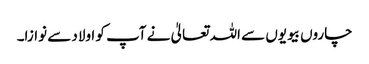
چاروں بیویوں سے اللہ تعالیٰ نے آپ کو اولاد سے نوازا۔